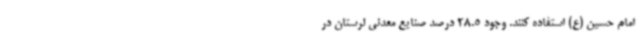
امام حسین (ع) استفاده کنند. وجود 28.5 درصد صنایع معدنی لرستان در